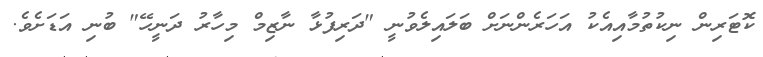
ކޮޓަރިން ނިކުތުމާއިއެކު އަހަރެންނަށް ބަލައިލެވުނީ "ދަރިފުޅާ ނާޒިމް މިހާރު ދަނީހޭ" ބުނި އަޑަށެވެ.